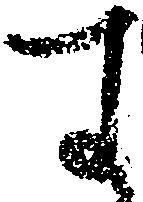
す